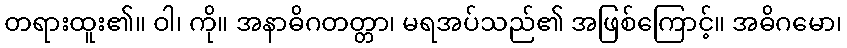
တရားထူး၏။ ဝါ၊ ကို။ အနာဓိဂတတ္တာ၊ မရအပ်သည်၏ အဖြစ်ကြောင့်။ အဓိဂမော၊